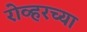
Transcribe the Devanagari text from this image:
रोव्हरच्या